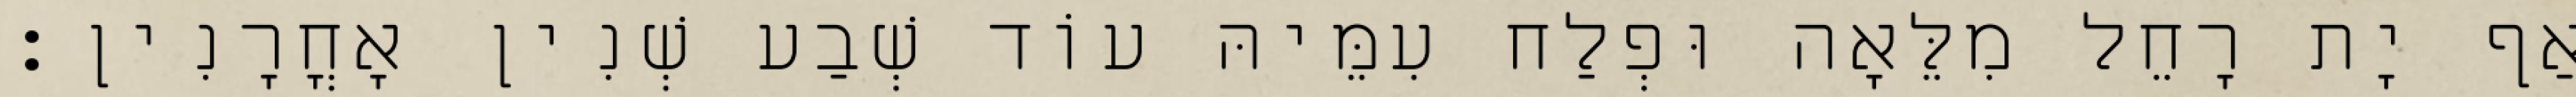
אַף יָת רָחֵל מִלֵּאָה וּפְלַח עִמֵּיהּ עוֹד שְׁבַע שְׁנִין אָחֳרָנִין׃